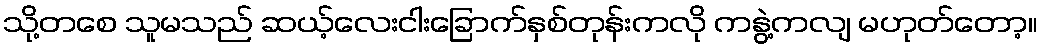
သို့တစေ သူမသည် ဆယ့်လေးငါးခြောက်နှစ်တုန်းကလို ကနွဲ့ကလျ မဟုတ်တော့။